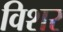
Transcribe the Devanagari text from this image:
विशर